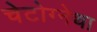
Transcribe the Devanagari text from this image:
चेटोग्नेथा